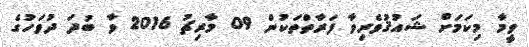
ވީމާ މިކަމަށް ޝައުޤުވެރިވާ ފަރާތްތަކުން 09 މާރިޗު 2016 ވާ ބުދަ ދުވަހުގެ